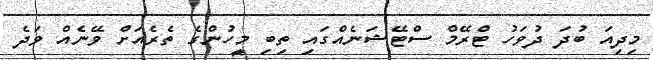
މިދިއަ ބުދަ ދުވަހު ޓްރޭމް ސްޓޭޝަނެއްގައި ތިބި މީހުންގެ ތެރެއަށް ވޭނެއް ވަދެ